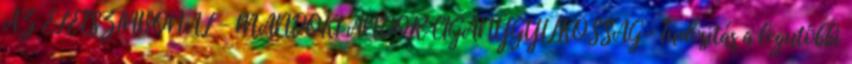
AZ ÉLETSZÍNVONAL - MÁNDOKI ANDOR CIGÁNYGYILKOSSÁG- Tudósítás a legutóbbi